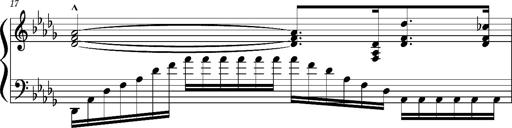
Title: Concerto sans orchestre, S.524a
Composer: Franz Liszt
Key: A major